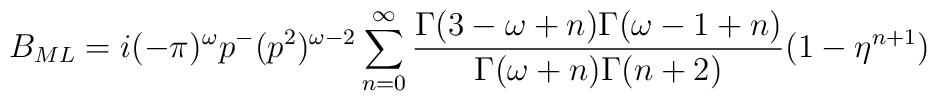
B_{ML}=i(-\pi)^\omega p^-(p^2)^{\omega-2}         \sum\limits^\infty_{n=0}         \frac{\Gamma(3-\omega+n)\Gamma(\omega-1+n)}{\Gamma(\omega+n)\Gamma(n+2)}         (1-\eta^{n+1})